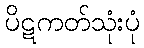
ပိဋကတ်သုံးပုံ